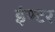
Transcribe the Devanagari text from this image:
इंण्टर